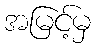
အမြင့်မှ